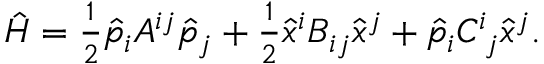
\begin{array} { r } { \hat { H } = \frac { 1 } { 2 } \hat { p } _ { i } A ^ { i j } \hat { p } _ { j } + \frac { 1 } { 2 } \hat { x } ^ { i } B _ { i j } \hat { x } ^ { j } + \hat { p } _ { i } C _ { \; j } ^ { i } \hat { x } ^ { j } . } \end{array}